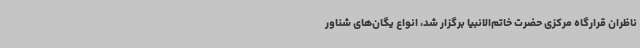
ناظران قرارگاه مرکزی حضرت خاتم‌الانبیا برگزار شد، انواع یگان‌های شناور